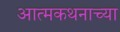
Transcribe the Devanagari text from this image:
आत्मकथनाच्या